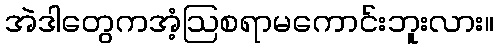
အဲဒါတွေကအံ့ဩစရာမကောင်းဘူးလား။